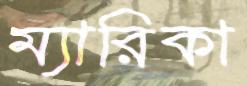
ম্যারিকা